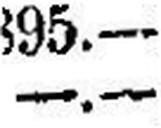
—.—